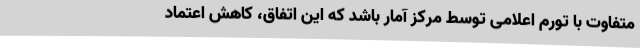
متفاوت با تورم اعلامی توسط مرکز آمار باشد که این اتفاق، کاهش اعتماد